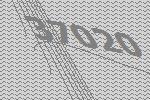
37020